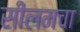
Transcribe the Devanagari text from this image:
सीलमचा